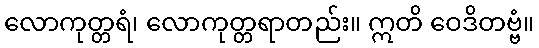
လောကုတ္တရံ၊ လောကုတ္တရာတည်း။ ဣတိ ဝေဒိတဗ္ဗံ။